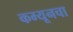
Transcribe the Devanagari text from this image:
कम्यूनचा